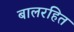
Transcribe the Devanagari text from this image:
बालरहित